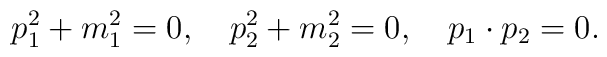
p_1^2+m_1^2=0,\quad p_2^2+m_2^2=0,\quad p_1\cdot p_2=0.